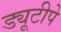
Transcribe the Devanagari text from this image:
ड्यूटीपे